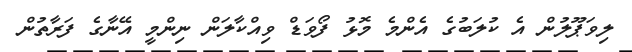
ލިވަޕޫލުން އެ ކުލަބުގެ އެންމެ މޮޅު ފޯވަޑް ވިއްކާލަން ނިންމީ އޭނާގެ ފަރާތުން